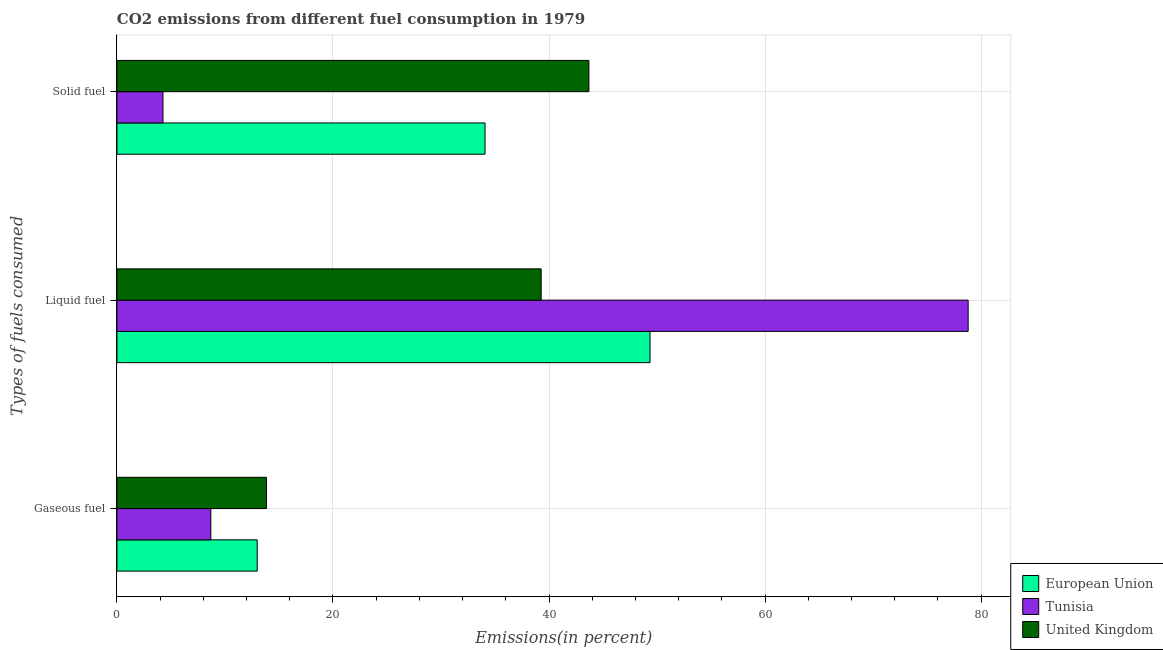
| Types of fuels consumed | European Union | Tunisia | United Kingdom |
 | --- | --- | --- | --- |
 | Gaseous fuel | 13 | 8.7 | 13.8 |
 | Liquid fuel | 49.4 | 78.8 | 39.3 |
 | Solid fuel | 34.1 | 4.26 | 43.7 |